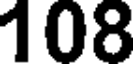
108